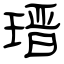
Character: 瑨